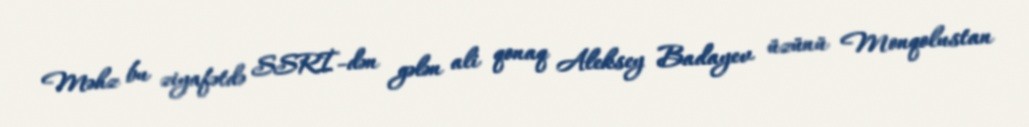
Məhz bu ziyafətdə SSRİ-dən gələn ali qonaq Aleksey Badayev üzünü Monqolustan